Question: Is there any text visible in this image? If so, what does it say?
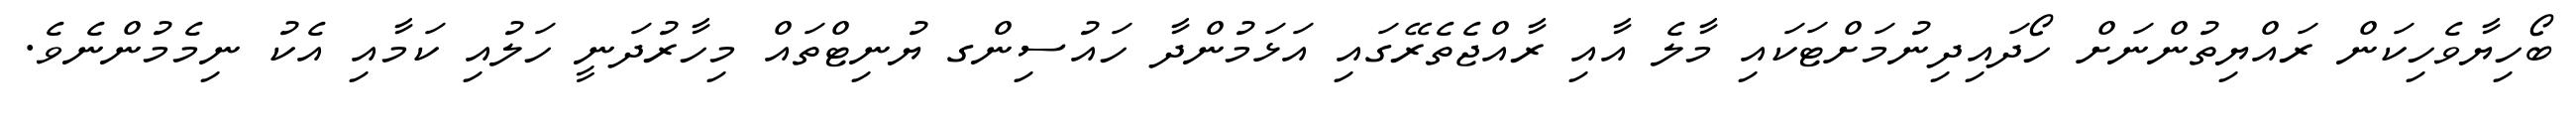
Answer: ބޯހިޔާވެހިކަން ރައްޔިތުންނަށް ހޯދައިދިނުމަށްޓަކައި މާލެ އާއި ރާއްޖެތެރޭގައި އަޅަމުންދާ ހައުސިންގ ޔުނިޓްތައް މިހާރުދަނީ ހަލުއި ކަމާއި އެކު ނިމެމުންނެވެ.